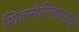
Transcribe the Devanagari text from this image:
शिवसैनिकांमध्ये